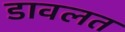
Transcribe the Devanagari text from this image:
डावलत